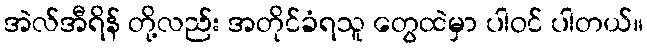
အဲလ်အီရိန် တို့လည်း အတိုင်ခံရသူ တွေထဲမှာ ပါဝင် ပါတယ်။